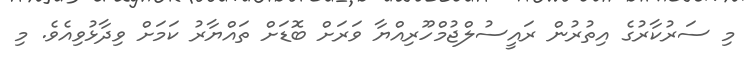
މި ސަރުކާރުގެ އިތުރުން ރައީސުލްޖުމްހޫރިއްޔާ ވަރަށް ބޮޑަށް ތައްޔާރު ކަމަށް ވިދާޅުވިއެވެ. މި